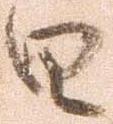
日